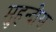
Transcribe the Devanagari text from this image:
मुहन्दीस